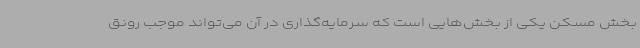
بخش مسکن یکی از بخش‌هایی است که سرمایه‌گذاری در آن می‌تواند موجب رونق